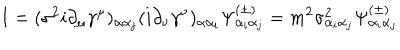
LaTeX: I = ( \sigma ^ { 2 } i \partial _ { \mu } \gamma ^ { \mu } ) _ { \alpha \alpha _ { j } } ( i \partial _ { \nu } \gamma ^ { \nu } ) _ { \alpha \alpha _ { i } } \Psi _ { \alpha _ { i } \alpha _ { j } } ^ { ( \pm ) } = m ^ { 2 } \sigma _ { \alpha _ { i } \alpha _ { j } } ^ { 2 } \Psi _ { \alpha _ { i } \alpha _ { j } } ^ { ( \pm ) }